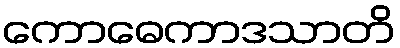
ကောဓေကာဒသာတိ